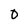
Character: O